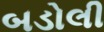
બડોલી